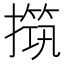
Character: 𰔧